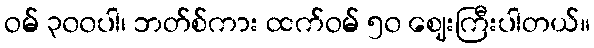
ဝမ် ၃၀၀ပါ၊ ဘတ်စ်ကား ထက်ဝမ် ၅၀ ဈေးကြီးပါတယ်။